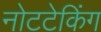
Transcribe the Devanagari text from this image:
नोटटेकिंग